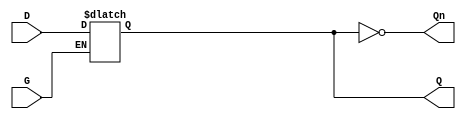
module GatedDLatch (
    input wire D,    // Data input
    input wire G,    // Gate/Enable input
    output reg Q,    // Output
    output wire Qn   // Complement of Output
);

// Complement of Q
assign Qn = ~Q;

// Always block to model the behavior of the Gated D Latch
always @(*) begin
    if (G) begin
        Q = D;  // Latch the value of D when G is high
    end
    // When G is low, Q retains its previous value (no assignment needed)
end

endmodule